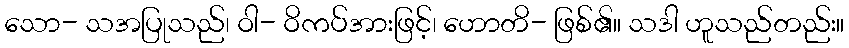
သော- သအပြုသည်၊ ဝါ- ဝိကပ်အားဖြင့်၊ ဟောတိ- ဖြစ်၏။ သဒါ ဟူသည်တည်း။